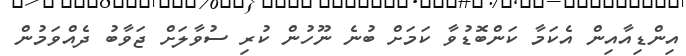
އިންޑިއާއިން އެކަމާ ކަންބޮޑުވާ ކަމަށް ބުނެ ނޫހުން ކުރި ސުވާލަށް ޖަވާބު ދެއްވަމުން